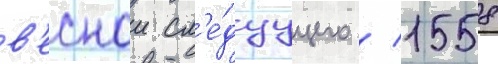
в'еснои сл'е́дуущего / 1558